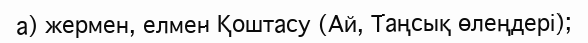
а) жермен, елмен Қоштасу (Ай, Таңсық өлеңдері);